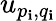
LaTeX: u_{p_{\mathbf{i}},q_{\mathbf{i}}}